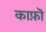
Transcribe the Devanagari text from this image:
काफ़ॊ